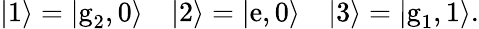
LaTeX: |1\rangle=|\textrm{g}_{2},0\rangle\quad|2\rangle=|\textrm{e},0\rangle\quad|3\rangle=|\textrm{g}_{1},1\rangle.